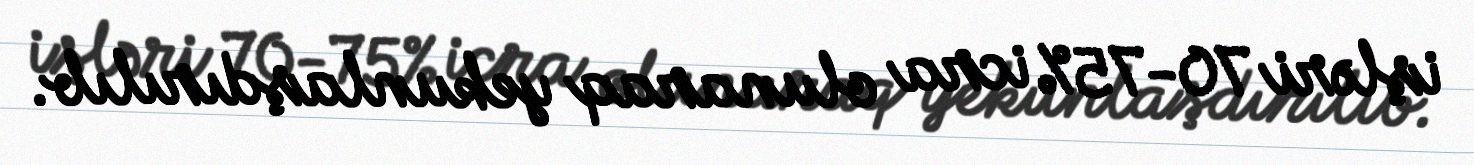
işləri 70-75% icra olunaraq yekunlaşdırılıb.